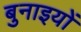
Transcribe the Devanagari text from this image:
बुनाइयों